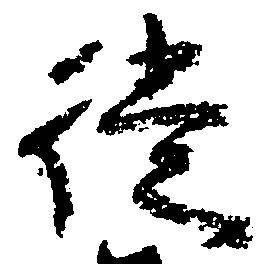
徒